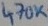
Text: 470K